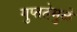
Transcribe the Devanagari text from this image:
गुप्ततेमुळे